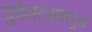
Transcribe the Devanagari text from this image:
युवेन्टसकडून